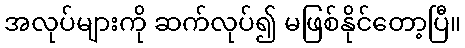
အလုပ်များကို ဆက်လုပ်၍ မဖြစ်နိုင်တော့ပြီ။